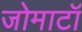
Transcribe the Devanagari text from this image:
जोमाटॉ